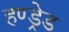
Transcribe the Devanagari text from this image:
हण्ड्रेड